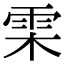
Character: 雬